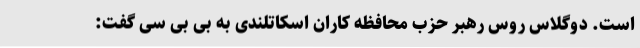
است. دوگلاس روس رهبر حزب محافظه کاران اسکاتلندی به بی بی سی گفت: